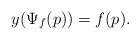
LaTeX: \begin{align*} y(\Psi_f(p))=f(p) .\end{align*}